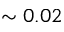
\sim 0 . 0 2